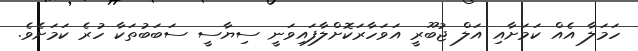
ހަމަލާ އެއް ކަމަށާއި އަލް ޖުބޫރީ އަވަހާރަކޮށްލާފައިވަނީ ސިޔާސީ ސަބަބުތަކާ ހުރެ ކަމަށެވެ.